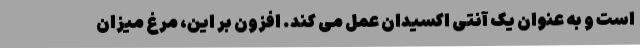
است و به عنوان یک آنتی اکسیدان عمل می کند. افزون بر این، مرغ میزان